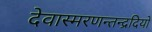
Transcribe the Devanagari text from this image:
देवास्मरणन्तन्द्रदियो